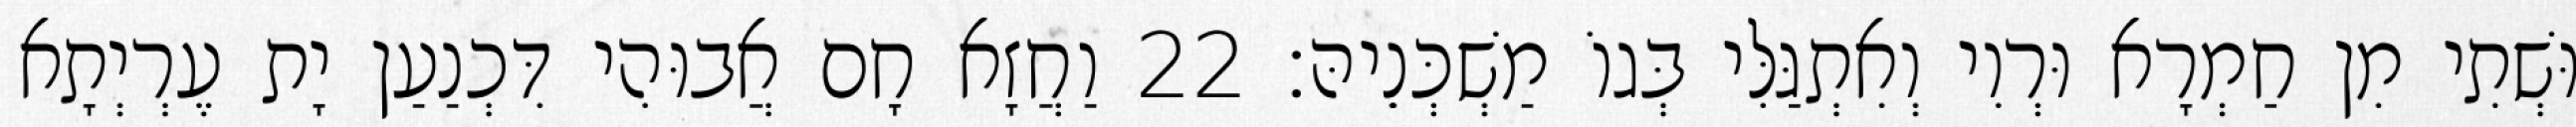
וּשְׁתִי מִן חַמְרָא וּרְוִי וְאִתְגַּלִּי בְּגוֹ מַשְׁכְּנֵיהּ׃ 22 וַחֲזָא חָם אֲבוּהִי דִּכְנַעַן יָת עֶרְיְתָא